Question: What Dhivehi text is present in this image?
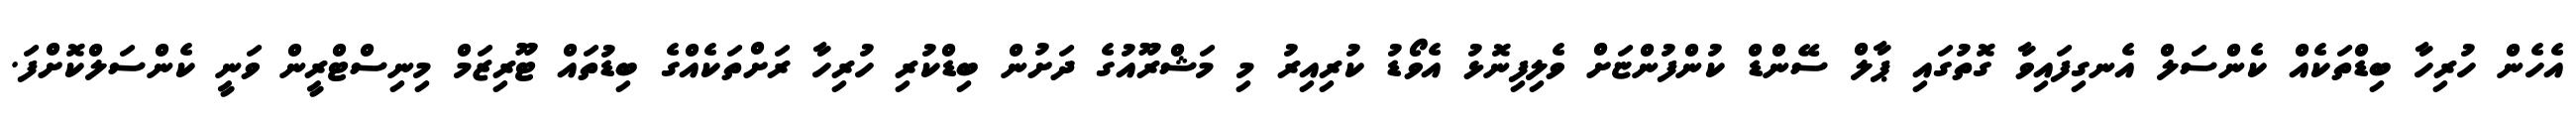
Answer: އެހެން ހުރިހާ ބިޑްތަކެއް ކެންސަލް އެނގިފައިވާ ގޮތުގައި ޕާލް ސޭންޑް ކުންފުންޏަށް ވެލިފިނޮޅު އެވޯޑު ކުރިއިރު މި މަޝްރޫއުގެ ދަށުން ބިޑްކުރި ހުރިހާ ރަށްތަކެއްގެ ބިޑުތައް ޓޫރިޒަމް މިނިސްޓްރީން ވަނީ ކެންސަލްކޮށްފަ.